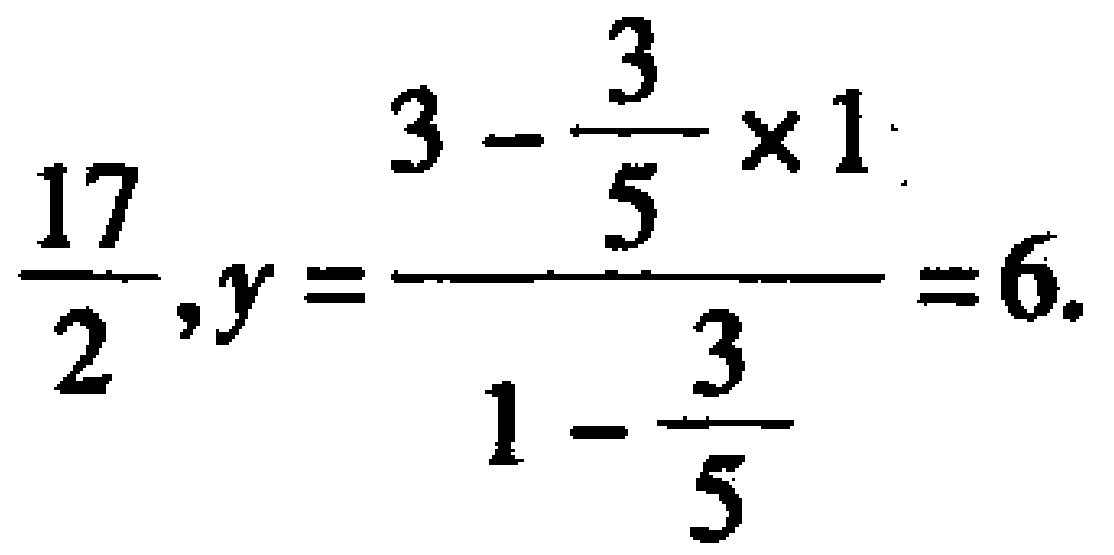
$\frac{17}{2},y=\frac{3 - \frac{3}{5} \times 1}{1 - \frac{3}{5}} = 6.$